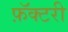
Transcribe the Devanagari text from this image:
फ़ॅक्टरी